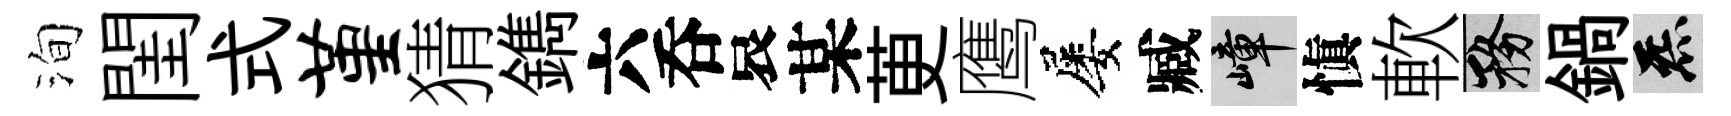
洵閨式堇猜鐫六呑哀某茰鹰屡臧嶂愼軟務鍋炁